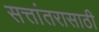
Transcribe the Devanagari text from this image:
सत्तांतरासाठी